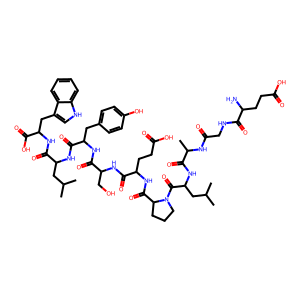
SMILES: CC(C)CC(NC(=O)C(Cc1ccc(O)cc1)NC(=O)C(CO)NC(=O)C(CCC(=O)O)NC(=O)C1CCCN1C(=O)C(CC(C)C)NC(=O)C(C)NC(=O)CNC(=O)C(N)CCC(=O)O)C(=O)NC(Cc1c[nH]c2ccccc12)C(=O)O
Inhibits HIV replication: No